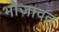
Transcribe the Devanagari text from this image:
भोजावत्